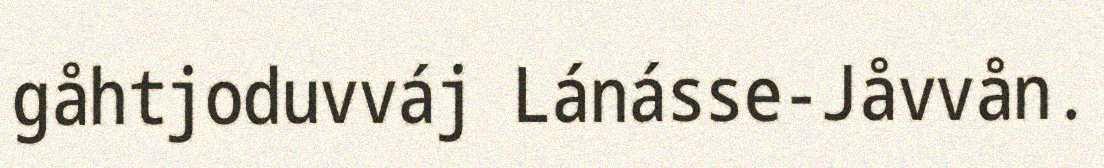
gåhtjoduvváj Lánásse-Jåvvån.